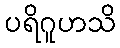
ပရိဂူဟသိ